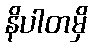
နိပါတမှိ